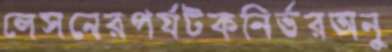
লেসনেরপর্যটকনির্ভরঅনু